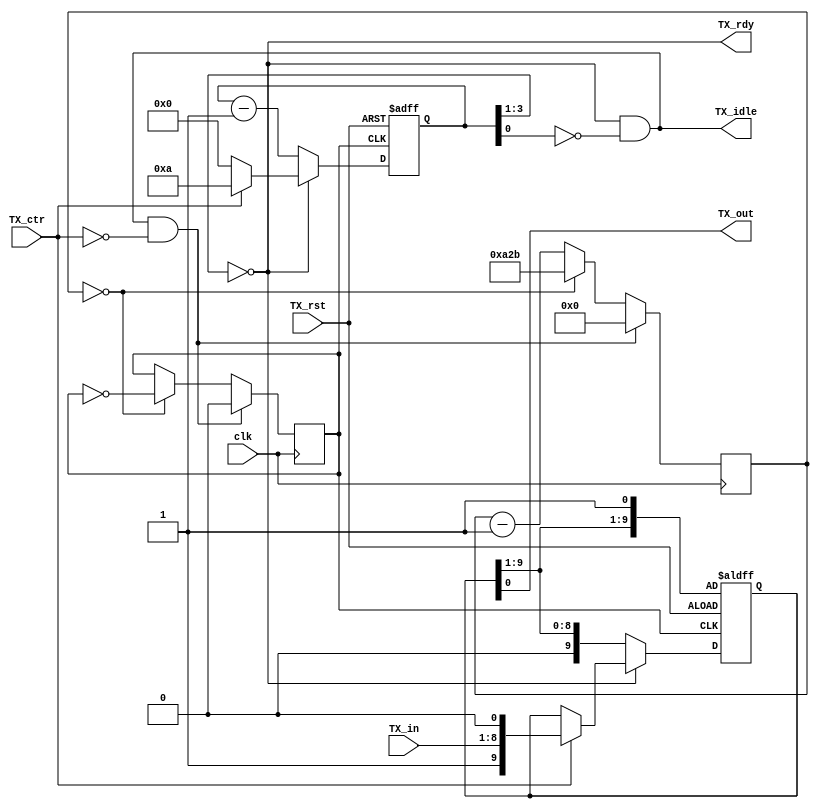
`timescale 1ns / 1ps

module UART_TX #

    (
        parameter       CLK_FREQ      =       50_000_000,
        parameter       BAUD_RATE     =       9600
    )

    (
        input                   clk,
        input                   TX_rst,
        input       [7:0]       TX_in,
        input                   TX_ctr,
        
        output      wire        TX_idle,
        output      wire        TX_rdy,
        output      wire        TX_out
    );

    

    localparam          HALF_VALUE    =       (CLK_FREQ / BAUD_RATE / 2 - 1);
    localparam          HALF_SIZE     =       $clog2(HALF_VALUE);



    reg     [HALF_SIZE - 1:0]       TX_clk_cnt      =   0;   
    reg                             TX_baud_clk     =   1'b0;
    reg     [9:0]                   TX_data         =   10'h001;
    reg     [3:0]                   TX_data_cnt     =   4'h0;



    assign      TX_rdy      =       !TX_data_cnt[3:1];
    assign      TX_idle     =       TX_rdy & (~TX_data_cnt[0]);
    assign      TX_out      =       TX_data[0];


    always @ (posedge TX_baud_clk or negedge TX_rst) begin : TX_transsmition
        if (~TX_rst) begin
            TX_data_cnt         <=      4'h0;
            TX_data[0]          <=      1'b1;
        end
        else if (~TX_rdy) begin
            TX_data             <=      {1'b0, TX_data[9:1]};
            TX_data_cnt         <=      TX_data_cnt - 1'b1;
        end
        else if (TX_ctr) begin
            TX_data             <=      {1'b1, TX_in[7:0], 1'b0};
            TX_data_cnt         <=      4'hA;
        end
        else begin
            TX_data_cnt         <=      4'h0; 
        end
    end

    always @(posedge clk) begin : TX_clk_generation
        if (TX_idle & (~TX_ctr)) begin
            TX_clk_cnt          <=      0;
            TX_baud_clk         <=      1'b0;      
        end
        else if (TX_clk_cnt == 0) begin
            TX_clk_cnt          <=      HALF_VALUE;
            TX_baud_clk         <=      ~TX_baud_clk;
        end
        else begin
            TX_clk_cnt          <=      TX_clk_cnt - 1'b1;
        end
    end

endmodule//UART_TX